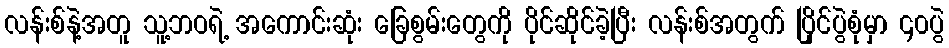
လန်းစ်နဲ့အတူ သူ့ဘဝရဲ့ အကောင်းဆုံး ခြေစွမ်းတွေကို ပိုင်ဆိုင်ခဲ့ပြီး လန်းစ်အတွက် ပြိုင်ပွဲစုံမှာ ၄၀ပွဲ